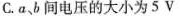
C.a、b间电压的大小为5V